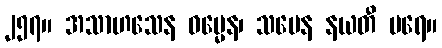
၂၅၇။ အသာဟသေန ဓမ္မေန၊ သမေန နယတီ ပရေ။